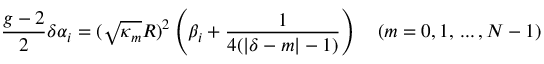
{ \frac { g - 2 } { 2 } } \delta \alpha _ { i } = ( \sqrt { \kappa _ { m } } R ) ^ { 2 } \left( \beta _ { i } + { \frac { 1 } { 4 ( | \delta - m | - 1 ) } } \right) \quad ( m = 0 , 1 , \, . . . \, , N - 1 ) \,